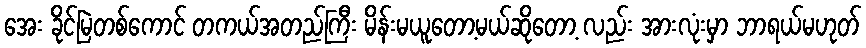
အေး ခိုင်မြဲတစ်ကောင် တကယ်အတည်ကြီး မိန်းမယူတော့မယ်ဆိုတော့ လည်း အားလုံးမှာ ဘာရယ်မဟုတ်